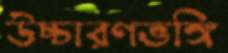
উচ্চারণভঙ্গি